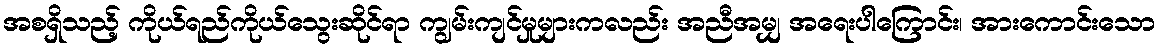
အစရှိသည့် ကိုယ်ရည်ကိုယ်သွေးဆိုင်ရာ ကျွမ်းကျင်မှုများကလည်း အညီအမျှ အရေးပါကြောင်း၊ အားကောင်းသော